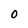
Character: 0